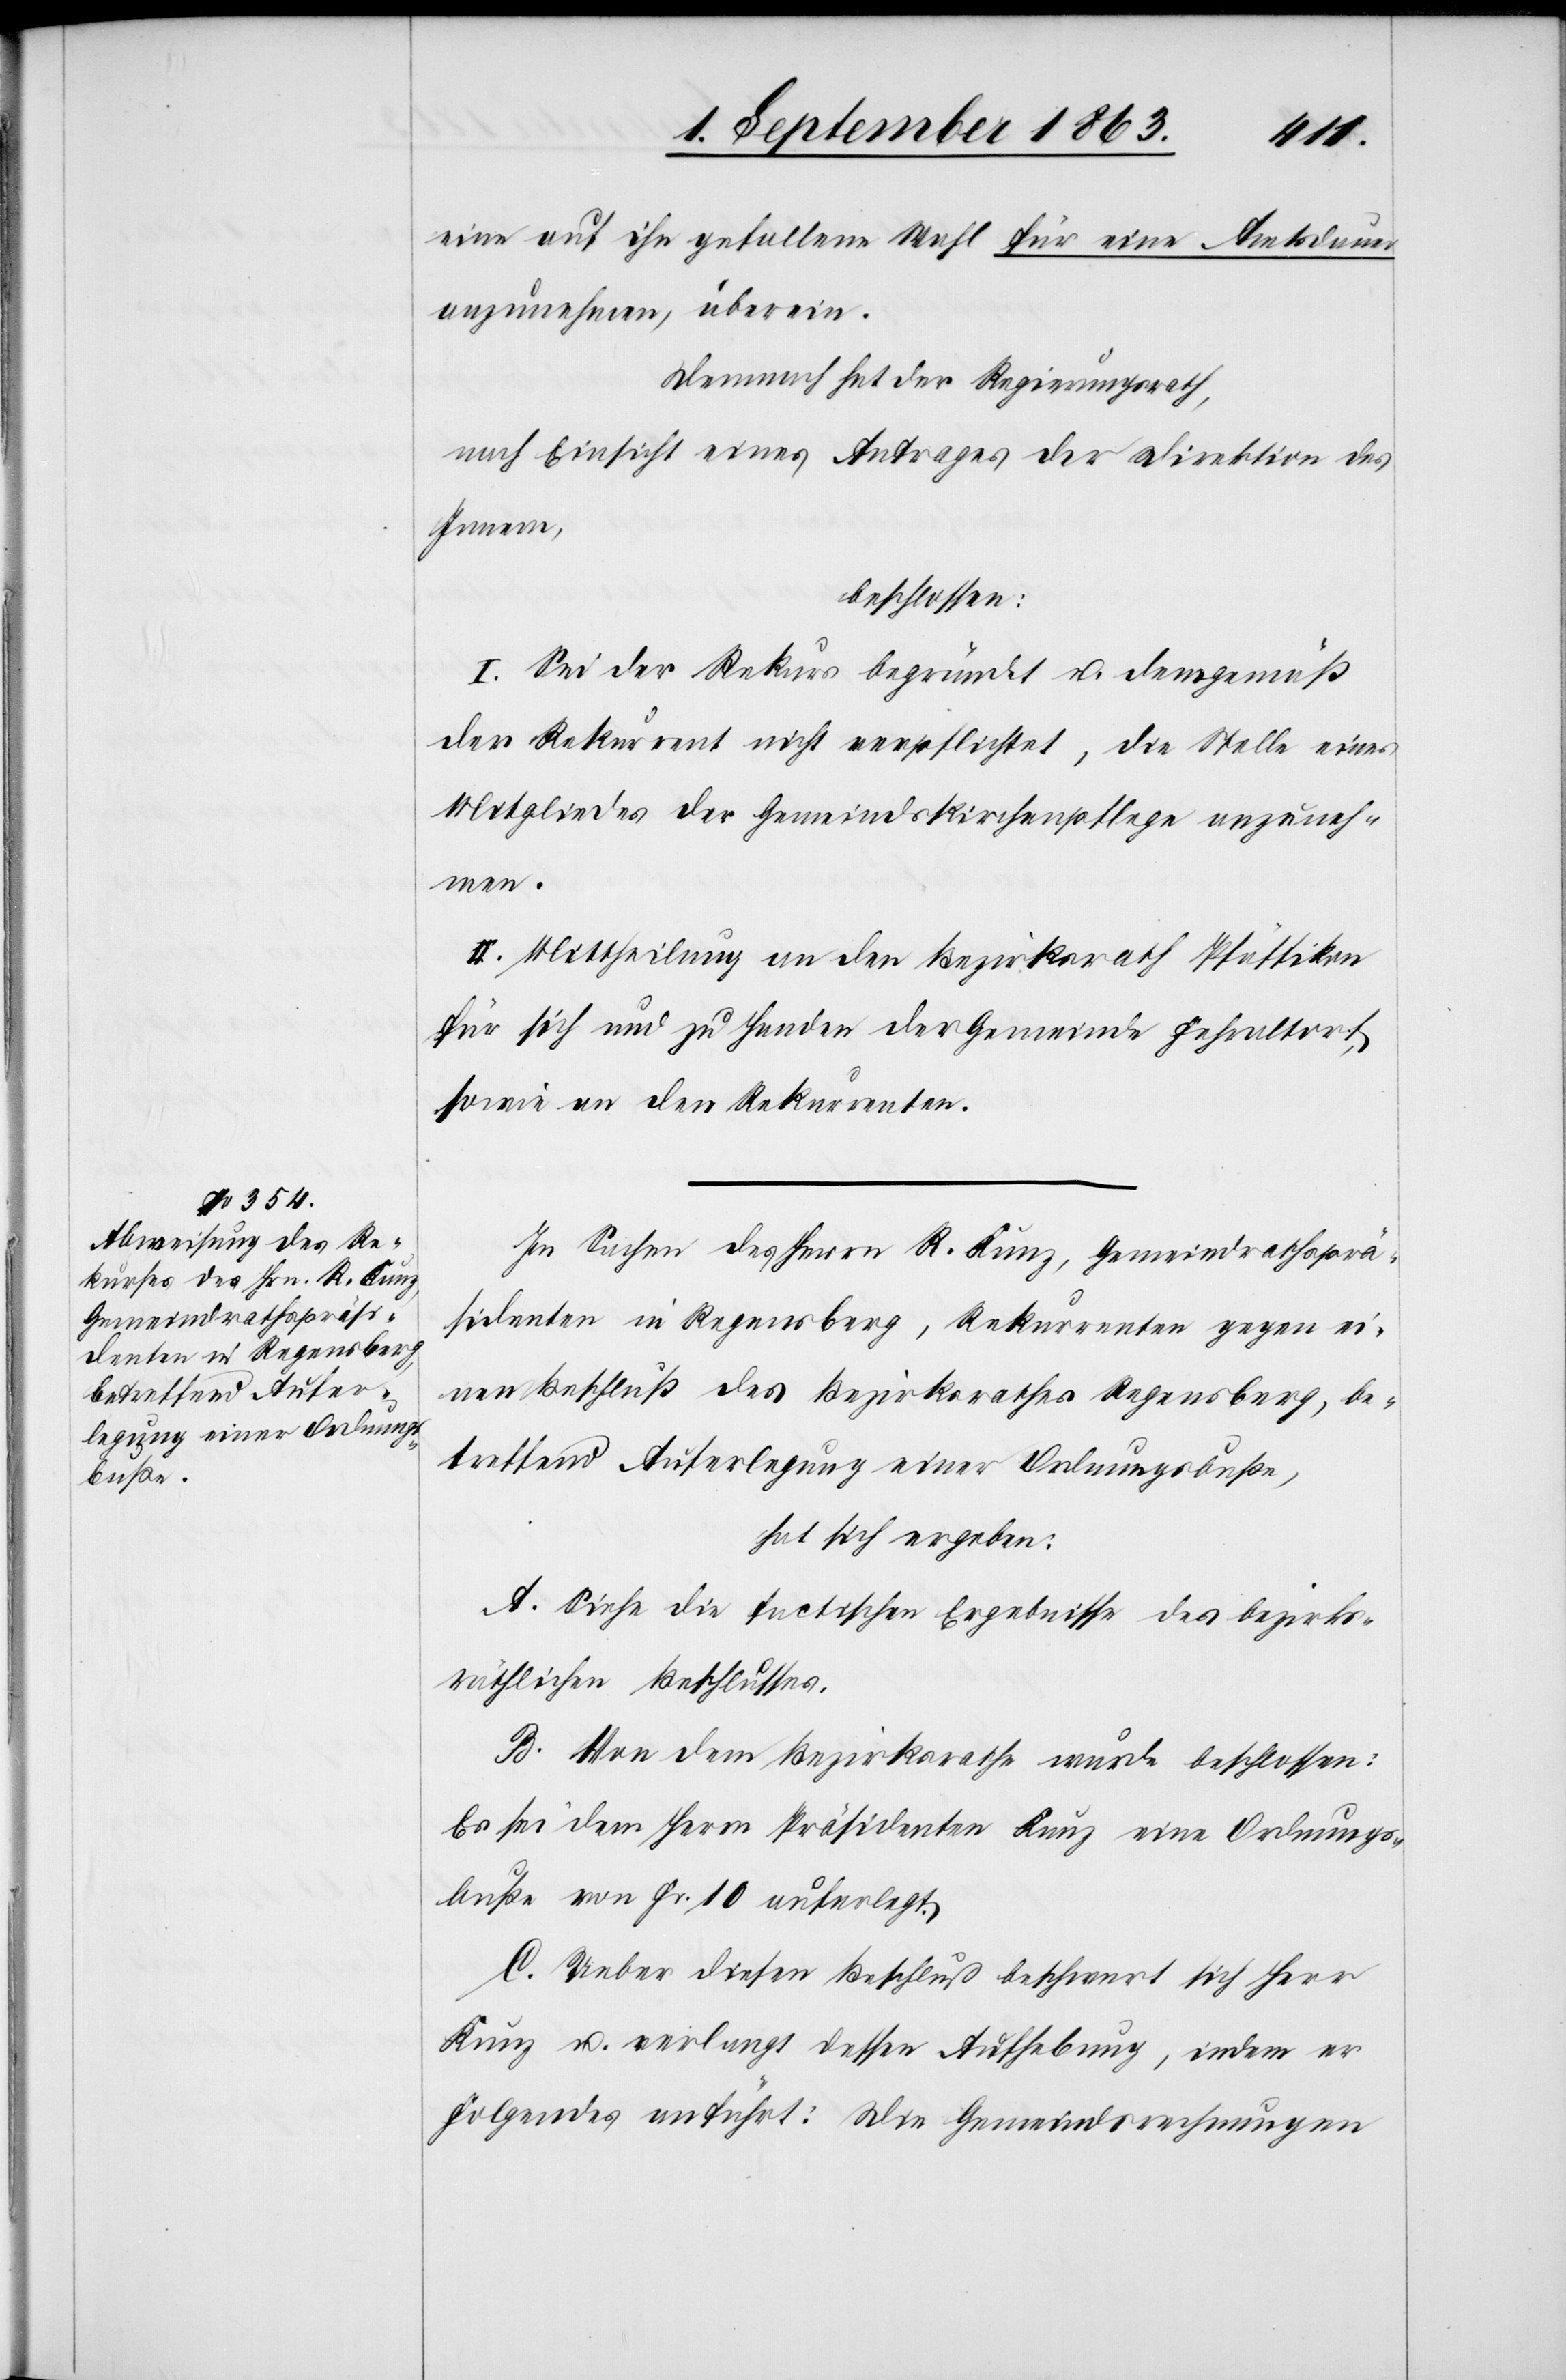
eine auf ihn gefallene Wahl für eine Amtsdauer
anzunehmen, überein.
Demnach hat der Regierungsrath,
nach Einsicht eines Antrages der Direktion des
Innern,
beschlossen:
I. Sei der Rekurs begründet u. demgemäß
der Rekurrent nicht verpflichtet, die Stelle eines
Mitgliedes der Gemeindskirchenpflege anzuneh¬
men.
II. Mittheilung an den Bezirksrath Pfäffikon
für sich und zu Handen der Gemeinde Fehraltorf,
sowie an den Rekurrenten.
In Sachen des Herrn R. Kunz, Gemeindrathsprä¬
sidenten in Regensberg, Rekurrenten gegen ei¬
nen Beschluß des Bezirksrathes Regensberg, be¬
treffend Auferlegung einer Ordnungsbuße,
hat sich ergeben:
A. Siehe die faktischen Ergebnisse des bezirks¬
räthlichen Beschlusses.
B. Von dem Bezirksrathe wurde beschlossen:
Es sei dem Herrn Präsidenten Kunz eine Ordnungs¬
buße von Fr. 10 auferlegt.
C. Ueber diesen Beschluß beschwert sich Herr
Kunz u. verlangt dessen Aufhebung, indem er
Folgendes anführt: Die Gemeindsrechnungen